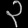
Digit: ၃